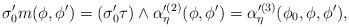
LaTeX: \begin{align*}\sigma'_0 m(\phi,\phi')= (\sigma'_0\tau) \wedge \alpha'^{(2)}_{\eta} (\phi,\phi') =\alpha'^{(3)}_{\eta} ( \phi_{0},\phi,\phi'),\end{align*}